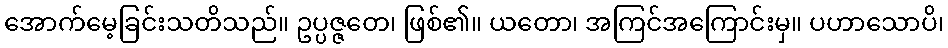
အောက်မေ့ခြင်းသတိသည်။ ဥပ္ပဇ္ဇတေ၊ ဖြစ်၏။ ယတော၊ အကြင်အကြောင်းမှ။ ပဟာသောပိ၊